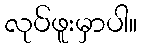
လုပ်ဖူးမှာပါ။